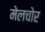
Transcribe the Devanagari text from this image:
मेलचोर